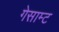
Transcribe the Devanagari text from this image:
गेसाम्ट